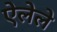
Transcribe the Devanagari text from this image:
ऐलेले